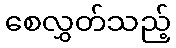
စေလွှတ်သည့်